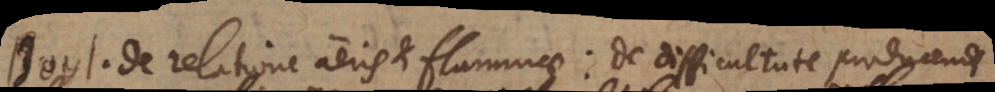
Boyl. de relatione aeris et flammae: de difficultate producendi